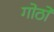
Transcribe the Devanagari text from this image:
गोठों